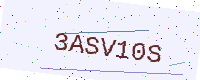
Text: 3ASV10S